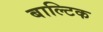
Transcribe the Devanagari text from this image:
बाल्‍टिक